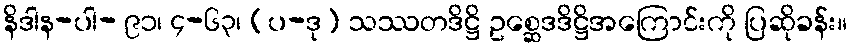
နိဒါန-ပါ- ၉၁၊ ၄-၆၃၊ (ပ-ဒု) သဿတဒိဋ္ဌိ ဥစ္ဆေဒဒိဋ္ဌိအကြောင်းကို ပြဆိုခန်း။